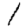
Digit: 1